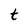
Character: t